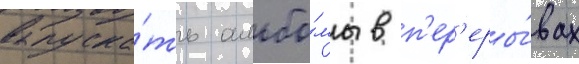
выпуска́ть альбо́мы в п'ер'еры́вах